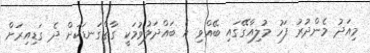
މިއަދު މެންދުރު ފަހު މުލިއާގޭގައި ބޭއްވި އެ ބައްދަލުވުމަކީ ގާތްގަނޑަކަށް ދެ ގަޑިއިރަށް